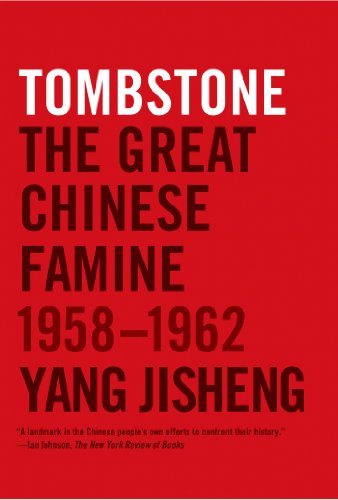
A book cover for Tombstone: The Great Chinese Famine, 1958-1962; Yang Jisheng; Science & Math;